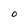
Character: O